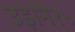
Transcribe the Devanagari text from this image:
उड़ाने२५